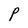
Character: P